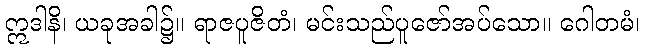
ဣဒါနိ၊ ယခုအခါ၌။ ရာဇပူဇိတံ၊ မင်းသည်ပူဇော်အပ်သော။ ဂေါတမံ၊